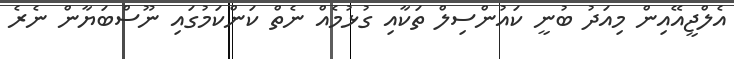
އެލްޖީއޭއިން މިއަދު ބުނީ ކައުންސިލް ތަކާއި ގުޅުމެއް ނެތް ކަންކަމުގައި ނޫސްބަޔާން ނެރެ